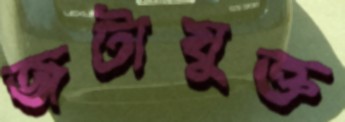
জটাযুক্ত